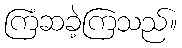
ကြံဆခဲ့ကြသည်။